Indian journal of veterinary science and animal husbandry - Volume 1,
Year: 1931
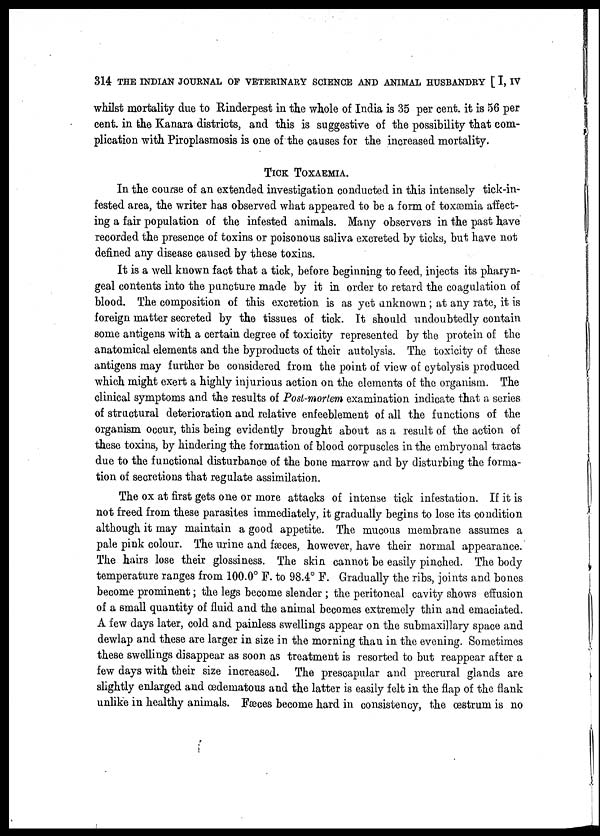
314 THE INDIAN JOURNAL OF VETERINARY SCIENCE AND ANIMAL HUSBANDRY [ I, IV
whilst mortality due to Rinderpest in the whole of India is 35 per cent. it is 56 per
cent. in the Kanara districts, and this is suggestive of the possibility that com-
plication with Piroplasmosis is one of the causes for the increased mortality.
TICK TOXAEMIA.
In the course of an extended investigation conducted in this intensely tick-in-
fested area, the writer has observed what appeared to be a form of toxæmia affect-
ing a fair population of the infested animals. Many observers in the past have
recorded the presence of toxins or poisonous saliva excreted by ticks, but have not
defined any disease caused by these toxins.
It is a well known fact that a tick, before beginning to feed, injects its pharyn-
geal contents into the puncture made by it in order to retard the coagulation of
blood. The composition of this excretion is as yet unknown ; at any rate, it is
foreign matter secreted by the tissues of tick. It should undoubtedly contain
some antigens with a certain degree of toxicity represented by the protein of the
anatomical elements and the byproducts of their autolysis. The toxicity of these
antigens may further be considered from the point of view of cytolysis produced
which might exert a highly injurious action on the elements of the organism. The
clinical symptoms and the results of Post-mortem examination indicate that a series
of structural deterioration and relative enfeeblement of all the functions of the
organism occur, this being evidently brought about as a result of the action of
these toxins, by hindering the formation of blood corpuscles in the embryonal tracts
due to the functional disturbance of the bone marrow and by disturbing the forma-
tion of secretions that regulate assimilation.
The ox at first gets one or more attacks of intense tick infestation. If it is
not freed from these parasites immediately, it gradually begins to lose its condition
although it may maintain a good appetite. The mucous membrane assumes a
pale pink colour. The urine and fæces, however, have their normal appearance.
The hairs lose their glossiness. The skin cannot be easily pinched. The body
temperature ranges from 100.0° F. to 98.4° F. Gradually the ribs, joints and bones
become prominent; the legs become slender ; the peritoneal cavity shows effusion
of a small quantity of fluid and the animal becomes extremely thin and emaciated.
A few days later, cold and painless swellings appear on the submaxillary space and
dewlap and these are larger in size in the morning than in the evening. Sometimes
these swellings disappear as soon as treatment is resorted to but reappear after a
few days with their size increased. The prescapular and precrural glands are
slightly enlarged and œdematous and the latter is easily felt in the flap of the flank
unlike in healthy animals. Fæces become hard in consistency, the œstrum is no